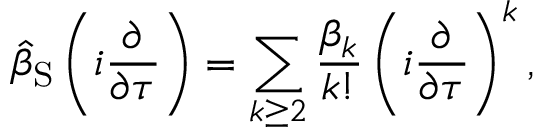
\hat { \beta } _ { \mathrm { S } } \left( i \frac { \partial } { \partial \tau } \right) = \sum _ { k \geq 2 } \frac { \beta _ { k } } { k ! } \left( i \frac { \partial } { \partial \tau } \right) ^ { k } ,